Annual report of the Punjab Veterinary College and of the Civil Veterinary Department, Punjab - 1926-1932
Year: 1926
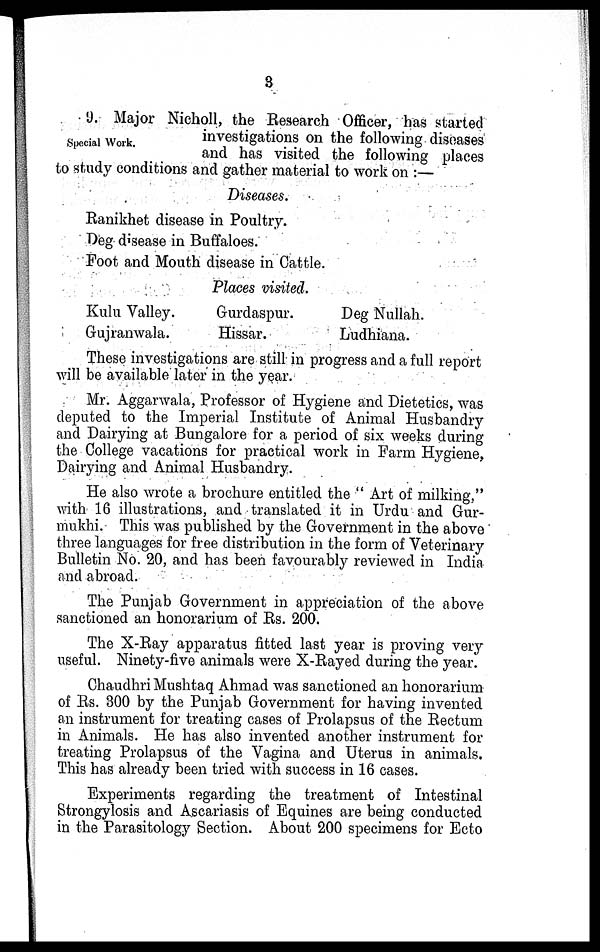
3
Special Work.
9. Major Nicholl, the Research Officer, has started
investigations on the following diseases
and has visited the following places
to study conditions and gather material to work on :—
Diseases.
Ranikhet disease in Poultry.
Deg disease in Buffaloes.
Foot and Mouth disease in Cattle.
Places visited.
Kulu Valley.
Gujranwala.
Gurdaspur.
Hissar.
Deg Nullah.
Ludhiana.
These investigations are still in progress and a full report
will be available later in the year.
Mr. Aggarwala, Professor of Hygiene and Dietetics, was
deputed to the Imperial Institute of Animal Husbandry
and Dairying at Bungalore for a period of six weeks during
the College vacations for practical work in Farm Hygiene,
Dairying and Animal Husbandry.
He also wrote a brochure entitled the "Art of milking,"
with 16 illustrations, and translated it in Urdu and Gur-
mukhi. This was published by the Government in the above
three languages for free distribution in the form of Veterinary
Bulletin No. 20, and has been favourably reviewed in India
and abroad.
The Punjab Government in appreciation of the above
sanctioned an honorarium of Rs. 200.
The X-Ray apparatus fitted last year is proving very
useful. Ninety-five animals were X-Rayed during the year.
Chaudhri Mushtaq Ahmad was sanctioned an honorarium
of Rs. 300 by the Punjab Government for having invented
an instrument for treating cases of Prolapsus of the Rectum
in Animals. He has also invented another instrument for
treating Prolapsus of the Vagina and Uterus in animals.
This has already been tried with success in 16 cases.
Experiments regarding the treatment of Intestinal
Strongylosis and Ascariasis of Equines are being conducted
in the Parasitology Section. About 200 specimens for Ecto